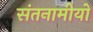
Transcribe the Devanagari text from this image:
संतनामीयो